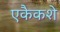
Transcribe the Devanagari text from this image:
एकैकशे